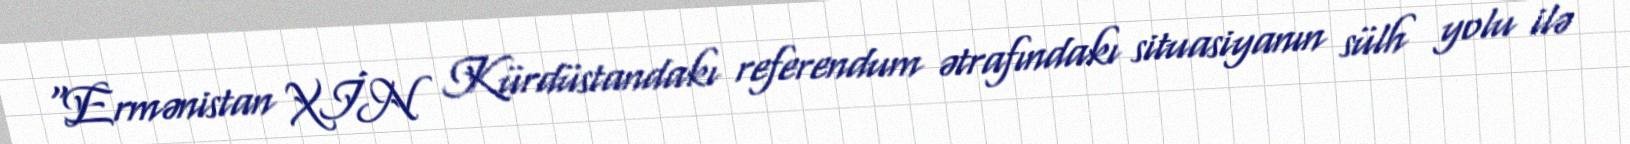
“Ermənistan XİN Kürdüstandakı referendum ətrafındakı situasiyanın sülh yolu ilə